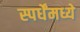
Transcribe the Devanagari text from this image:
स्पर्धेंमध्ये